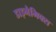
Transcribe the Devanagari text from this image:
डाइनैमिक्स